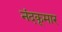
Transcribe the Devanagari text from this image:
नंदकूमार